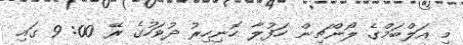
މި އަލްބަމްގެ ލޯންޗިން ހަފުލާ ހޮނިހިރު ދުވަހުގެ ރޭ 00: 9 ގައި